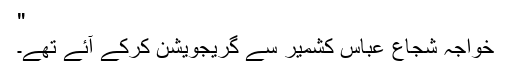
"
خواجہ شجاع عباس کشمیر سے گریجویشن کرکے آئے تھے۔